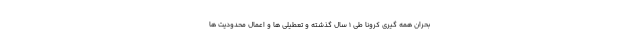
بحران همه گیری کرونا طی 1 سال گذشته و تعطیلی ها و اعمال محدودیت ها